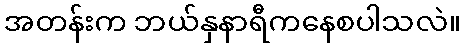
အတန်းက ဘယ်နှနာရီကနေစပါသလဲ။